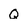
Character: Q